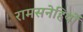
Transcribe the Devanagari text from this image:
रामसनेहियों